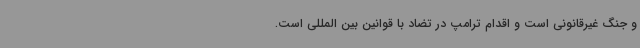
‌و جنگ غیرقانونی است و اقدام ترامپ در تضاد با قوانین بین المللی است.